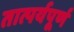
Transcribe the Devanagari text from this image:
तात्पर्यपूर्ण